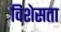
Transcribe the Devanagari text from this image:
विशेसता